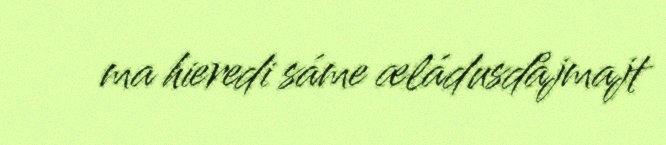
ma hieredi sáme æládusdåjmajt